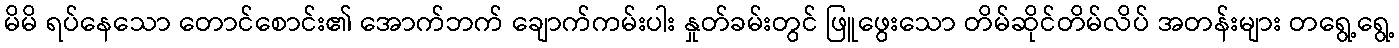
မိမိ ရပ်နေသော တောင်စောင်း၏ အောက်ဘက် ချောက်ကမ်းပါး နှုတ်ခမ်းတွင် ဖြူဖွေးသော တိမ်ဆိုင်တိမ်လိပ် အတန်းများ တရွေ့ရွေ့